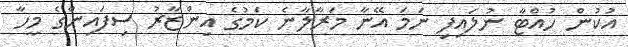
އުކުން ހުއްޓާ ނުލައިފި ނަމަ އޭނާ މަރާލާނެ ކަމުގެ އިންޒާރު ސިފައިންގެ މީހާ